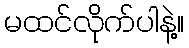
မထင်လိုက်ပါနဲ့။